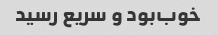
خوب‌بود و سریع رسید